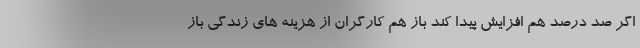
اگر صد درصد هم افزایش پیدا کند باز هم کارگران از هزینه های زندگی باز